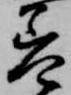
差